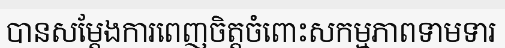
បានសម្តែងការពេញចិត្តចំពោះសកម្មភាពទាមទារ